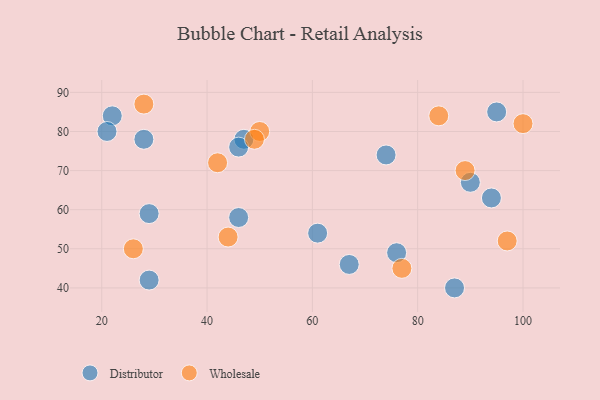
{"axis": {"x": "GDP", "y": "Life Expectancy"}, "legend": ["Distributor", "Wholesale"], "data": [{"x": "29", "y": 59, "type": "Distributor"}, {"x": "47", "y": 78, "type": "Distributor"}, {"x": "67", "y": 46, "type": "Distributor"}, {"x": "74", "y": 74, "type": "Distributor"}, {"x": "87", "y": 40, "type": "Distributor"}, {"x": "76", "y": 49, "type": "Distributor"}, {"x": "94", "y": 63, "type": "Distributor"}, {"x": "90", "y": 67, "type": "Distributor"}, {"x": "46", "y": 76, "type": "Distributor"}, {"x": "22", "y": 84, "type": "Distributor"}, {"x": "95", "y": 85, "type": "Distributor"}, {"x": "61", "y": 54, "type": "Distributor"}, {"x": "21", "y": 80, "type": "Distributor"}, {"x": "29", "y": 42, "type": "Distributor"}, {"x": "46", "y": 58, "type": "Distributor"}, {"x": "28", "y": 78, "type": "Distributor"}, {"x": "84", "y": 84, "type": "Wholesale"}, {"x": "28", "y": 87, "type": "Wholesale"}, {"x": "89", "y": 70, "type": "Wholesale"}, {"x": "42", "y": 72, "type": "Wholesale"}, {"x": "100", "y": 82, "type": "Wholesale"}, {"x": "50", "y": 80, "type": "Wholesale"}, {"x": "49", "y": 78, "type": "Wholesale"}, {"x": "44", "y": 53, "type": "Wholesale"}, {"x": "97", "y": 52, "type": "Wholesale"}, {"x": "77", "y": 45, "type": "Wholesale"}, {"x": "26", "y": 50, "type": "Wholesale"}]}